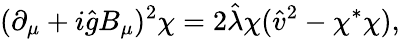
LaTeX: (\partial_{\mu}+i\hat{g}B_{\mu})^{2}\chi=2\hat{\lambda}\chi(\hat{v}^{2}-\chi^{*}\chi),